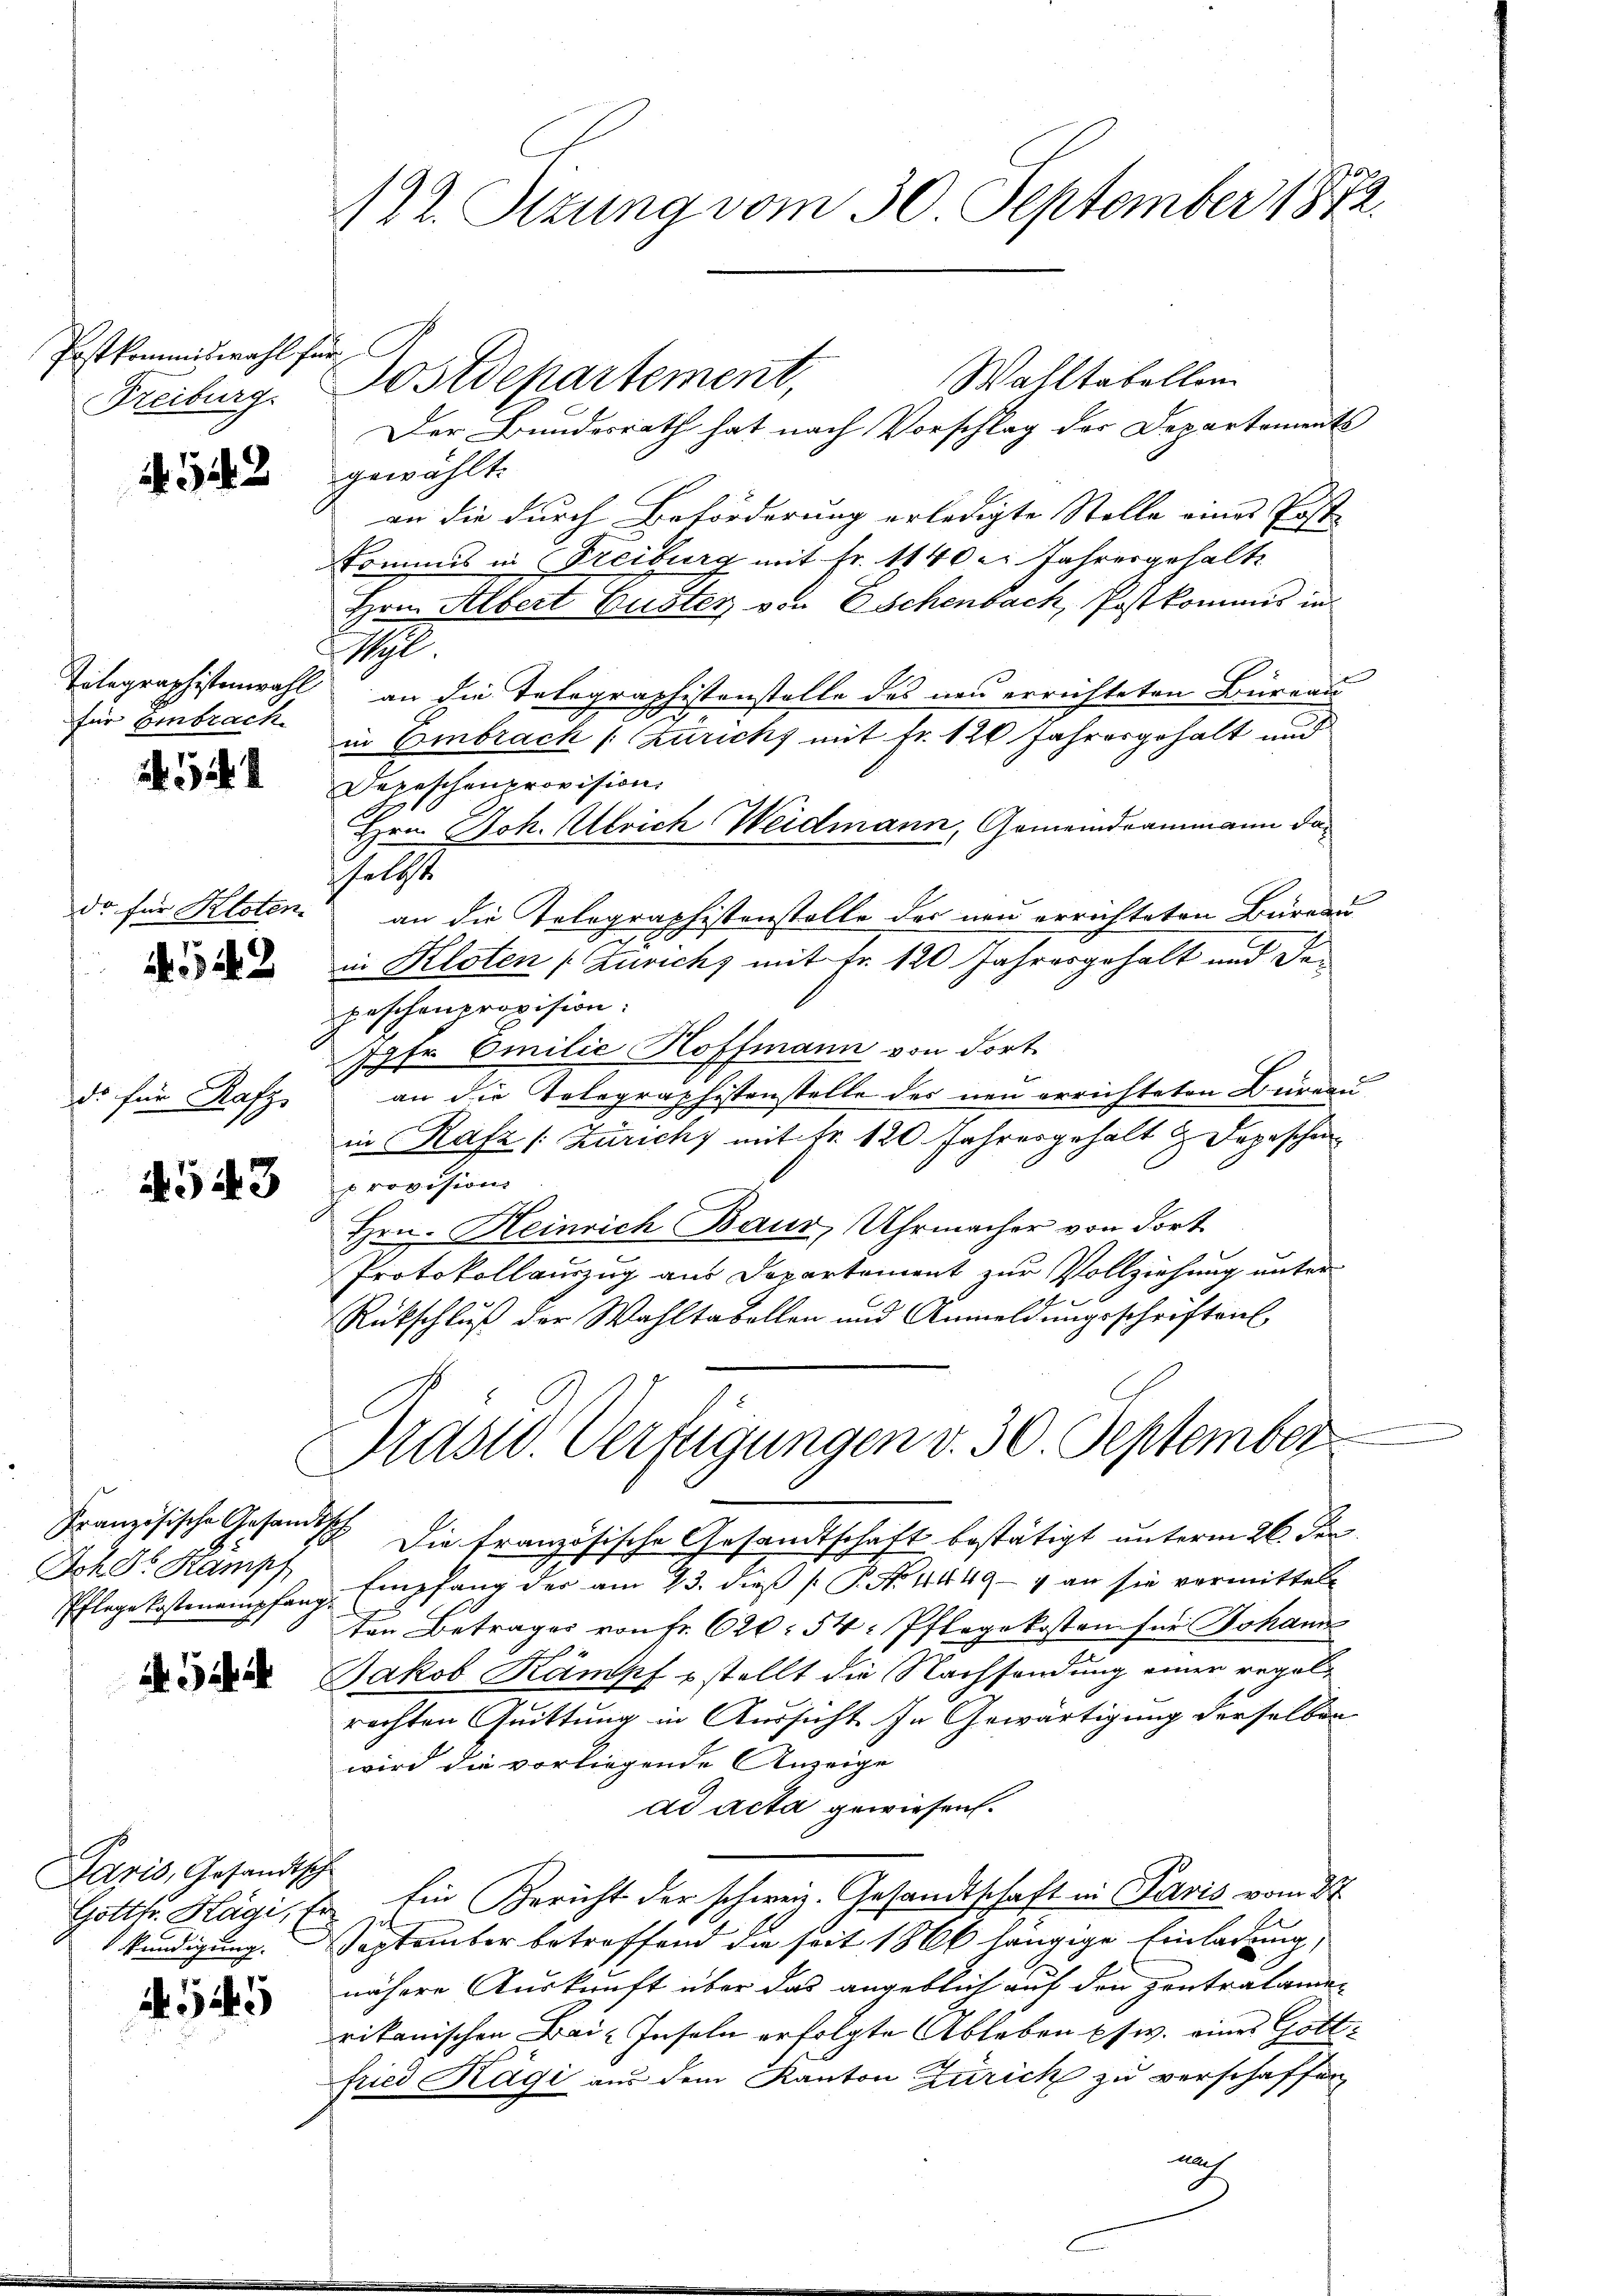
Postkommiswahl für
Freiburg.

1542

für Einbrach

do für Kloten.

542

d. für Rafz,

543

Französische Gesandtsch
Joher Stampf

i. Ich

¬
Aaris, Gesandtsch
kündigung.

545

122. Stzung vom 30. September 1872.

Wahltabellen
Postdepartement,
Der Bundesrath hat nach Vorschlag der Departements
gewählt:
an die durch Beförderung erledigte Stelle eines Post
Kommis in Freiburg mit Fr. 1140er Jahresgehalt
Hrn. Albert Guster von Eschenbach, Postkommis in
1
Tolographistenwahl an die Telegraphistenstelle des neu errichteten Büreau
in Embrack (Züricht mit Fr. 120 Jahresgehalt und
Depeschenprovision,
Hrn. Joh. Attrich Weidmann, Gemeindrammann dahalst
an die Tolographistenstelle des neu errichteten Büreau
in Kloten (Zürichs mit Fr. 120 Jahresgehalt und dapeschenerapision.
Ihr Emilie Hoffmann von dort.
an die Telegraphistenstelle des neu errichteten Bureau
n
in Rafz /: Zürich, mit Fr. 120 Jahresgehalt u. Depeschen
provision
Hrn. Heinrich Baur, Uhrmacher von dort
Protokollauszug aus Departement zur Vollziehung unter
Rückschluß der Wahltabellen und Anmeldungsschriften
Mast. Verfügungen v. 30. September
Die Französische Gesandtschaft bestätigt unterm 26. der
Pflege Kostenempfang. Empfang der am 23. dieβ [ P. Nr. 4449- 4 an sie vermittels
ten Betrages von Fr. 620. 54: Pflegekosten für Johann
Jakob Kampf stellt die Nachsendung einer regelrechten Quittung in Aussicht in Gewärtigung derselben
wird die vorliegende Anzeige
ad acta gewiesen.
Gotttr Hägi, Er ein Bericht der schweiz. Gesandtschaft in Paris vom 27.
September betreffend die seit 1866 längige Einladung,
nähere Auskunft über das angeblich auf den Zentratamen
rikanischen Bai-Inseln erfolgte Ableben usw. eines Gottfried Kägi aus dem Kanton Zürich zu verschaffen
auch